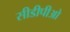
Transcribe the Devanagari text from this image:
सीडीपीओ